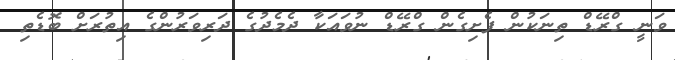
ވަނީ ގްރޭޑް ތިނަކުން ފެށިގެން ގްރޭޑް ނުވައަކާ ދެމެދުގެ ދަރިވަރުންގެ އިތުރަށް ބޮޑެތި